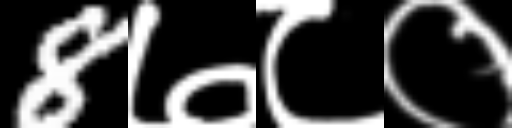
Text: 8७८०